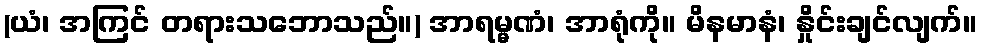
(ယံ၊ အကြင် တရားသဘောသည်။) အာရမ္မဏံ၊ အာရုံကို။ မိနမာနံ၊ နှိုင်းချင်လျက်။